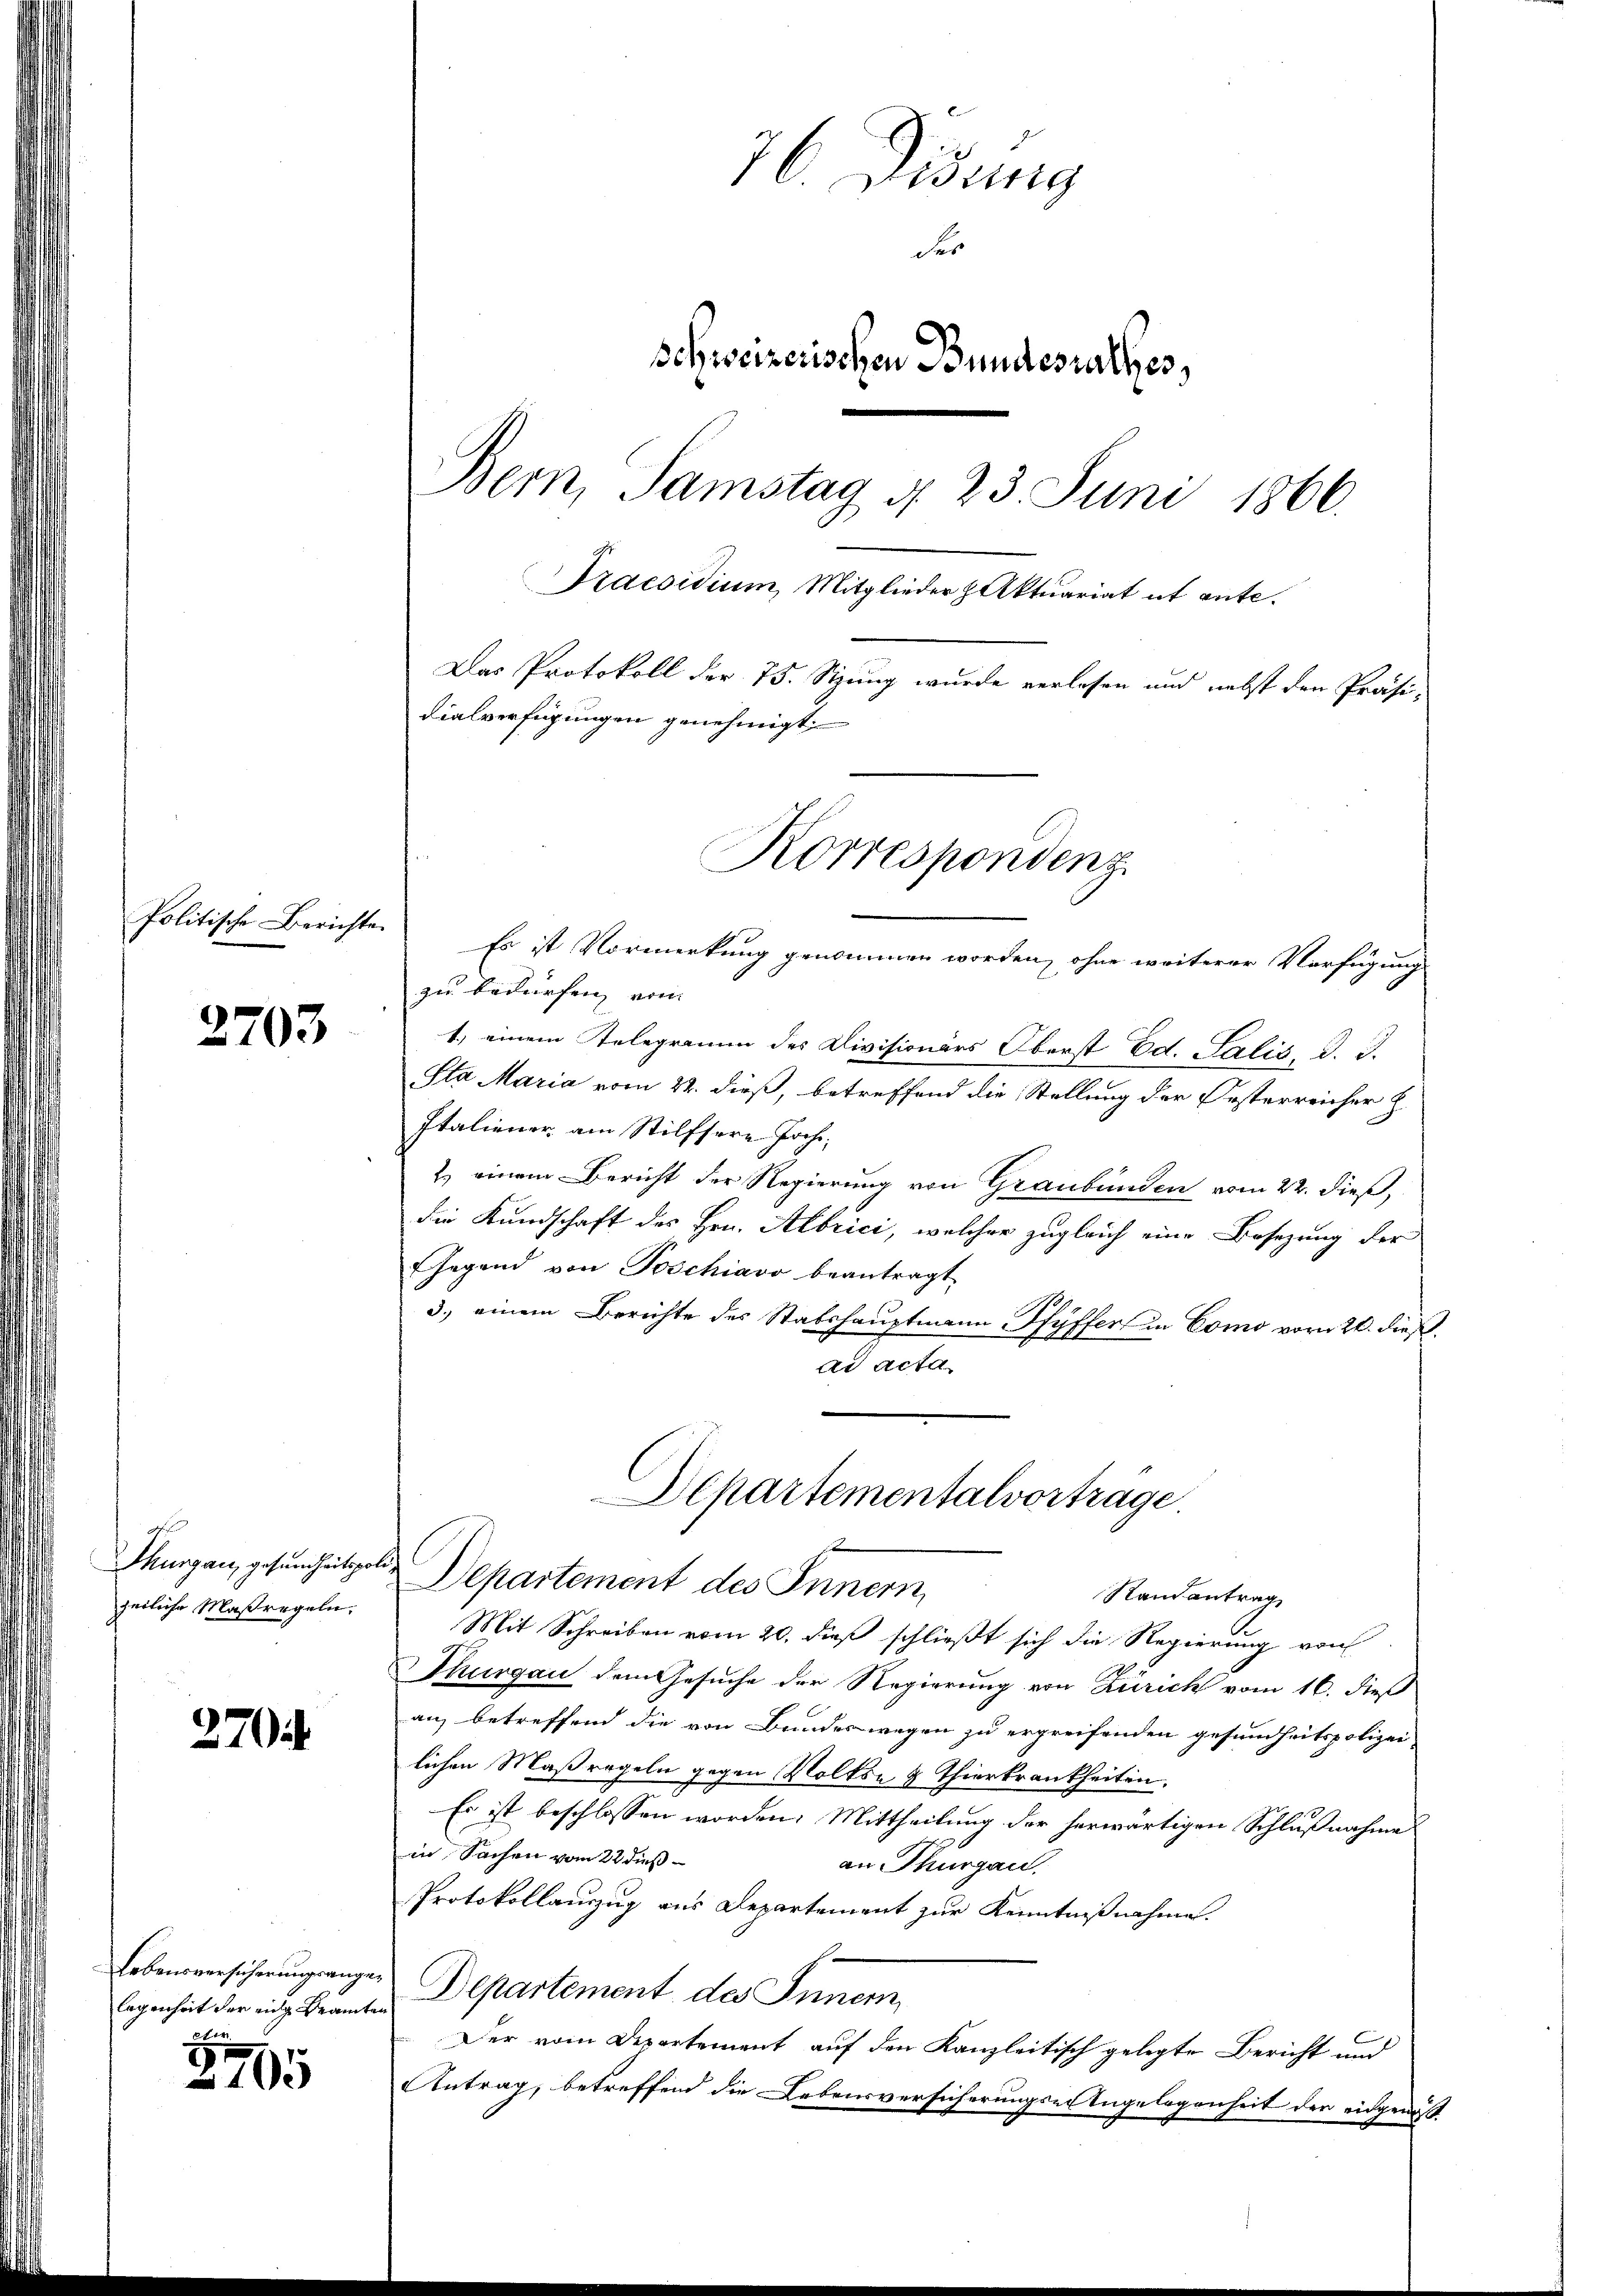
Politische Berichte.

2703

Thurgau, gesundheits
zeiliche Maßregeln,

270

Lebensversicherungsangelegenheit der eidg Beamte
d

279

76 Didung
der
schweizerischen Bundesrathes,
Bern, Samstag d. 23. Juni 1866.
Praesidium, Mitglieder Aktuariat it ente.
Das Protokoll der 75. Sitzung wurde verlesen und nebst den Präsi-
dialverfügungen genehmigt.

Korrespondenz

Es ist Vormerkung genommen worden, ohne weiterer Verfügung
zu bedürfen von
1.) einem Telegramm des Divisionärs Oberst Ed. Salis, d. J.
Sta Maria vom 22. dieß, betreffend die Stellung der Oesterreicher h.
Italiener am Stilfsere Joche;
2.) einem Bericht der Regierung von Graubünden vom 22. dieß,
die Kundschaft des Hrn. Albrici, welcher zugleich eine Besezung der
Gegend von Poschiavo beantragt.
3.) einem Berichte des Stabshauptmann Pfyffer in Como vorn 20. dieß
ad acta
Departement des Innern,
Randantrag
Mit Schreiben vom 20. dieß schließt sich die Regierung von
Thurgau dem Gesuche der Regierung von Zürich vom 16. dieß
an, betreffend die von Bundeswegen zu ergreifenden gesundheitspolizei-
lichen Maßregeln gegen Volks- & Thierkrankheiten.
Es ist beschlossen worden. Mittheilung der herwärtigen Schlußnahme
in Sachen vom 22 dieß
an Thurgau.
Protokollauszug aus Departement zur Kenntnißnahme.
Departement des Inner
Der vom Departement auf den Kanzleitisch gelegte Bericht und
Antrag, betreffend die Lebensversicherungs-Angelegenheit der eidgenöß

Departementalvortrage